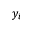
y _ { i }